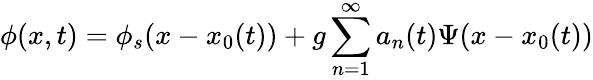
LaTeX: \phi(x,t)=\phi_{s}(x-x_{0}(t))+g\sum_{n=1}^{\infty}a_{n}(t)\Psi(x-x_{0}(t))